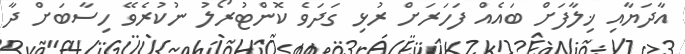
އާދަޔާއި ޚިލާފަށް ބައެއް ފަހަރަށް ރުޅި ގަދަވެ ކޮންޓުރޯލު ނުކުރެވޭ ހިސާބަށް ދާ